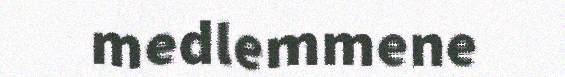
medlemmene